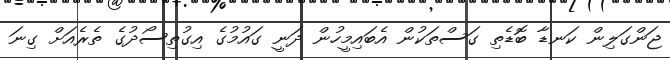
ޖަންގަލިން ކަނޑާ ބޮޑެތި ގަސްތަކުން އެބައިމީހުން ދަނީ ގައުމުގެ އިގުތިސޯދުގެ ތެރެއަށް ގިނަ